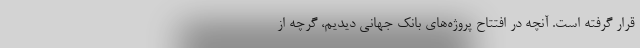
قرار گرفته است. آنچه در افتتاح پروژه‌های بانک جهانی دیدیم، گرچه از